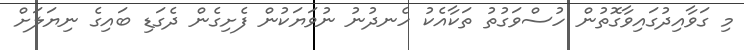
މި ގަވާއިދުގައިވާގޮތުން ހުސްވަގުތު ތަކާއެކު ހެނދުނު ނުވަޔަކުން ފެށިގެން ދެގަޑި ބައިގެ ނިޔަލަށް